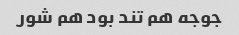
جوجه هم تند بود هم شور